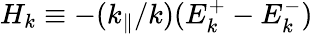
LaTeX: H_{k}\equiv-(k_{\parallel}/k)(E_{k}^{+}-E_{k}^{-})